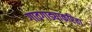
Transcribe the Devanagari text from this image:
गावगाड्याकरिता